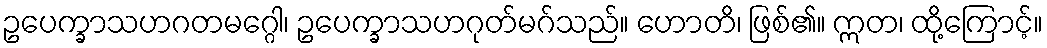
ဥပေက္ခာသဟဂတမဂ္ဂေါ၊ ဥပေက္ခာသဟဂုတ်မဂ်သည်။ ဟောတိ၊ ဖြစ်၏။ ဣတ၊ ထို့ကြောင့်။